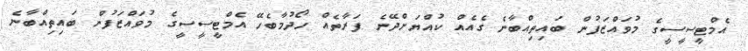
އެމްޓީސީސީގެ މުވައްޒަފުން ބައިތިއްބާނެ ގެއެއް ކުއްޔަށްދޭނެ ފަރާތެއް ހޯދުމާބެހޭ އެމްޓީސީސީގެ މުވައްޒަފުން ބައިތިއްބާނެ